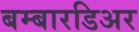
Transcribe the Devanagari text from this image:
बम्बारडिअर